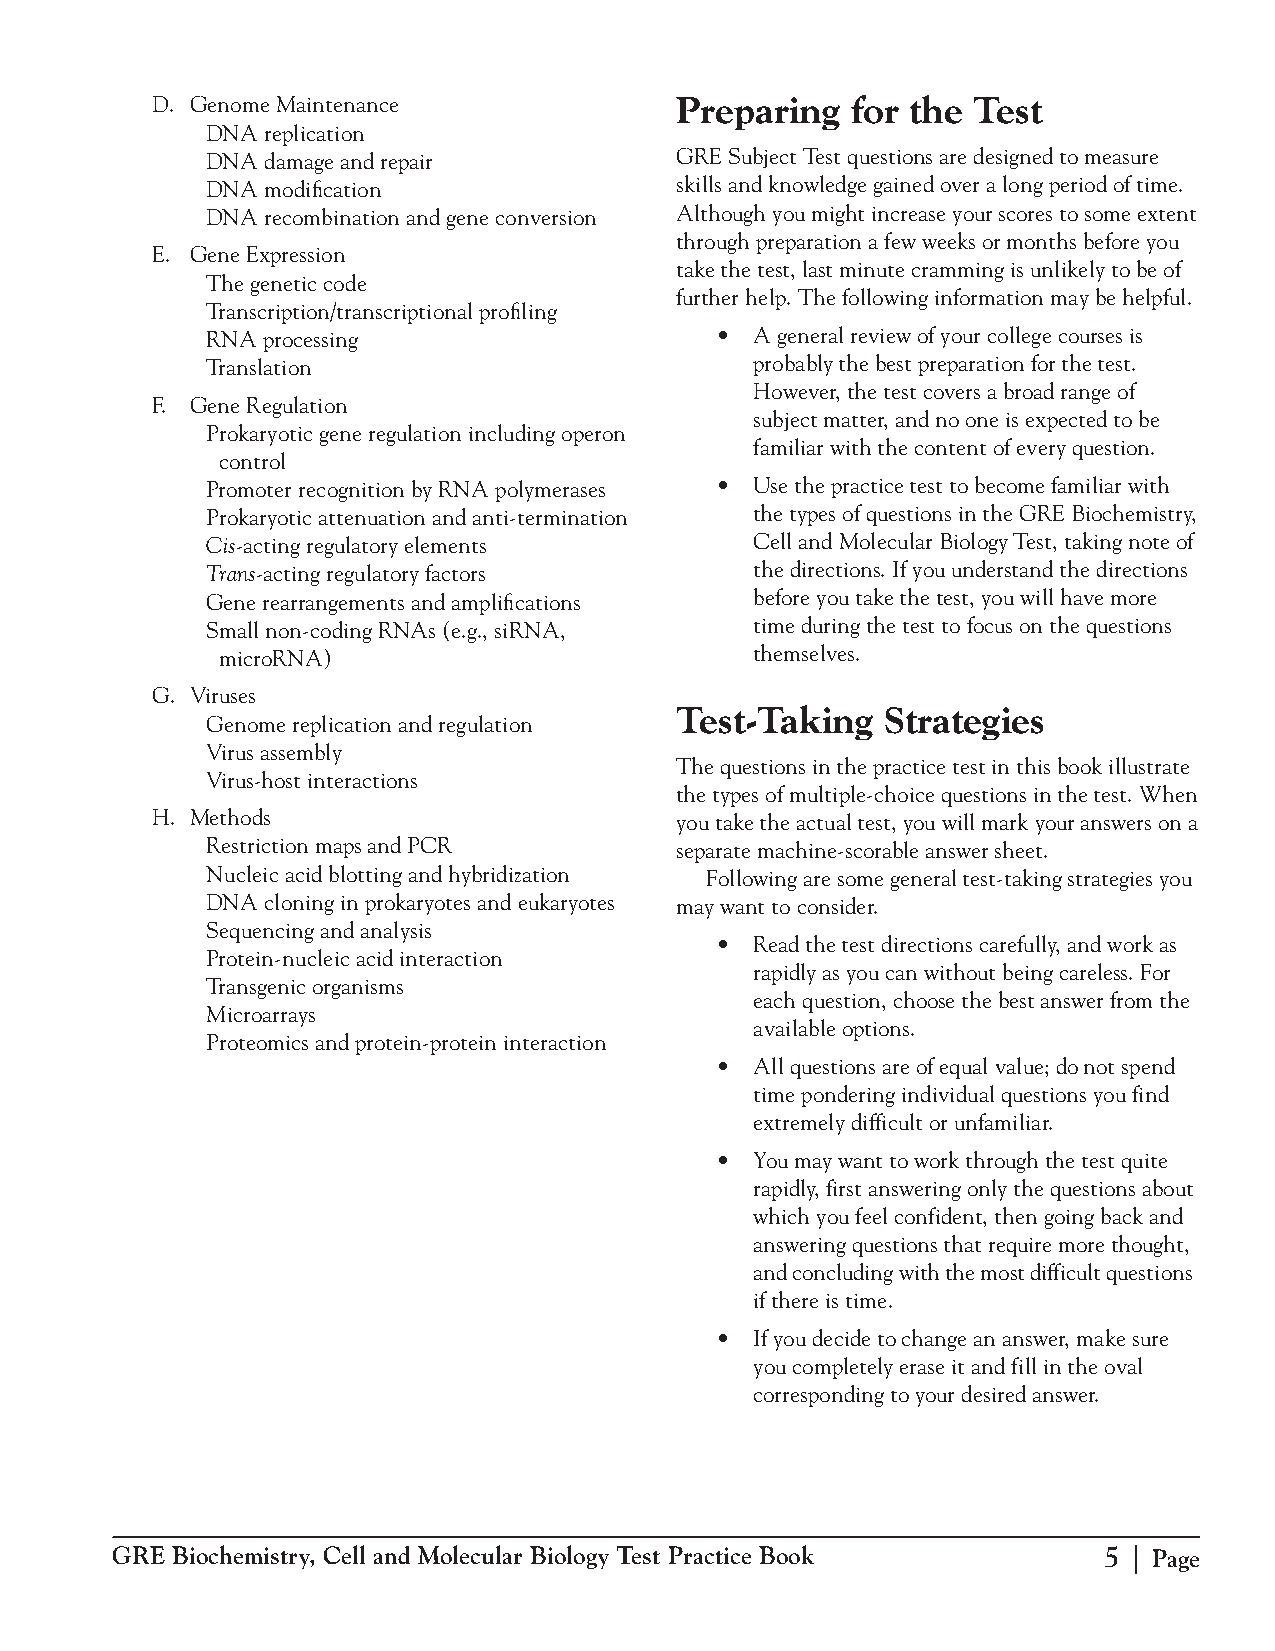
D. Genome Maintenance              Preparing  for the  Test
 DNA replication
 DNA damage and repair          GRE Subject Test questions are designed to measure
 DNA modification               skills and knowledge gained over a long period of time.
 DNA recombination and gene conversion Although you might increase your scores to some extent
 through preparation a few weeks or months before you
 E. Gene Expression
 take the test, last minute cramming is unlikely to be of
 The genetic code
 further help. The following information may be helpful.
 Transcription/transcriptional profiling
 RNA processing                   •  A general review of your college courses is
 Translation                         probably the best preparation for the test.
 However, the test covers a broad range of
 F. Gene Regulation
 subject matter, and no one is expected to be
 Prokaryotic gene regulation including operon
 familiar with the content of every question.
 control
 Promoter recognition by RNA polymerases • Use the practice test to become familiar with
 Prokaryotic attenuation and anti-termination the types of questions in the GRE Biochemistry,
 Cis-acting regulatory elements      Cell and Molecular Biology Test, taking note of
 Trans-acting regulatory factors     the directions. If you understand the directions
 Gene rearrangements and amplifications before you take the test, you will have more
 Small non-coding RNAs (e.g., siRNA, time during the test to focus on the questions
 microRNA)                           themselves.
 G. Viruses
 Test-Taking   Strategies
 Genome replication and regulation
 Virus assembly
 The questions in the practice test in this book illustrate
 Virus-host interactions
 the types of multiple-choice questions in the test. When
 H. Methods                         you take the actual test, you will mark your answers on a
 Restriction maps and PCR       separate machine-scorable answer sheet.
 Nucleic acid blotting and hybridization Following are some general test-taking strategies you
 DNA cloning in prokaryotes and eukaryotes may want to consider.
 Sequencing and analysis
 •  Read the test directions carefully, and work as
 Protein-nucleic acid interaction
 rapidly as you can without being careless. For
 Transgenic organisms
 each question, choose the best answer from the
 Microarrays
 available options.
 Proteomics and protein-protein interaction
 •  All questions are of equal value; do not spend
 time pondering individual questions you find
 extremely difficult or unfamiliar.
 •  You may want to work through the test quite
 rapidly, first answering only the questions about
 which you feel confident, then going back and
 answering questions that require more thought,
 and concluding with the most difficult questions
 if there is time.
 •  If you decide to change an answer, make sure
 you completely erase it and f ill in the oval
 corresponding to your desired answer.
 GRE Biochemistry, Cell and Molecular Biology Test Practice Book   5 | Page